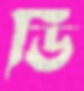
ডি